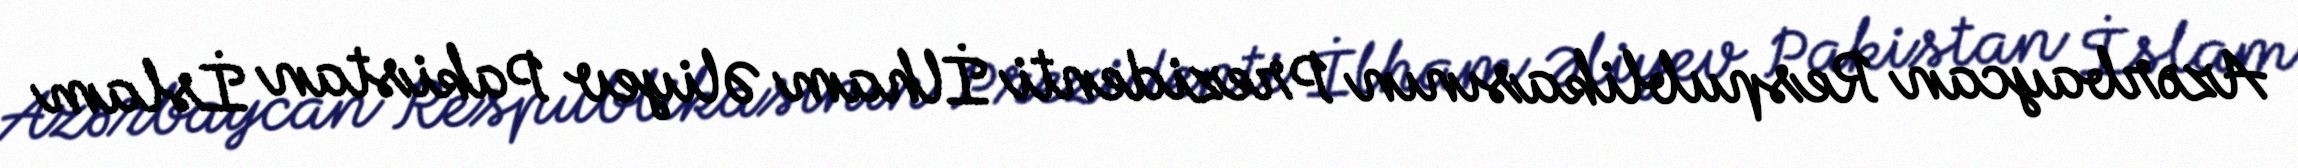
Azərbaycan Respublikasının Prezidenti İlham Əliyev Pakistan İslam